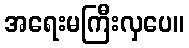
အရေးမကြီးလှပေ။